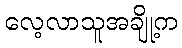
လေ့လာသူအချို့က